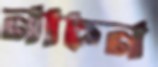
নাচন